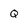
Character: Q